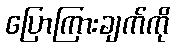
ပြောကြားချက်ကို